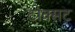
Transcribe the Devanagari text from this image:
टोक्सट